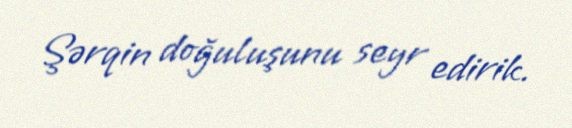
Şərqin doğuluşunu seyr edirik.